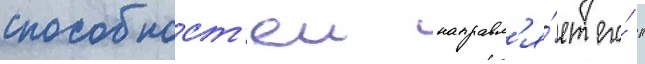
способност'еи направл'я́ет его́ к